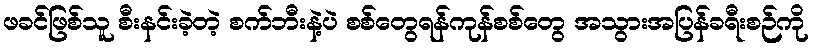
ဖခင်ဖြစ်သူ စီးနင်းခဲ့တဲ့ စက်ဘီးနဲ့ပဲ စစ်တွေရန်ကုန်စစ်တွေ အသွားအပြန်ခရီးစဉ်ကို